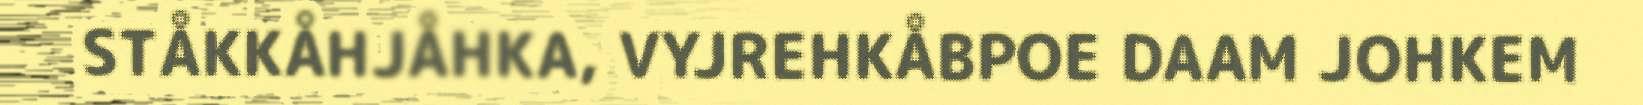
STÅKKÅHJÅHKA, VYJREHKÅBPOE DAAM JOHKEM